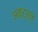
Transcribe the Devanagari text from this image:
अक्ट्श्न्